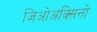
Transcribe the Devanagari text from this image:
जिओअक्सिनो